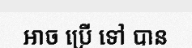
អាច ប្រើ ទៅ បាន